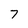
Character: 7